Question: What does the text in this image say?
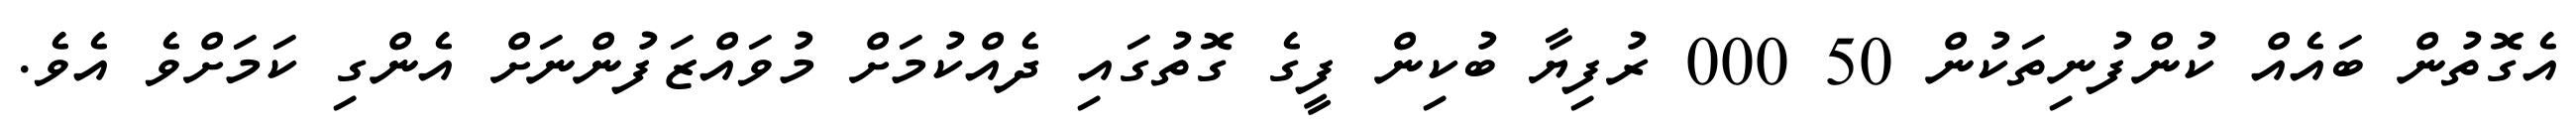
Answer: އެގޮތުން ބައެއް ކުންފުނިތަކުން 50 000 ރުފިޔާ ބުކިން ފީގެ ގޮތުގައި ދެއްކުމަށް މުވައްޒަފުންނަށް އެންގި ކަމަށްވެ އެވެ.